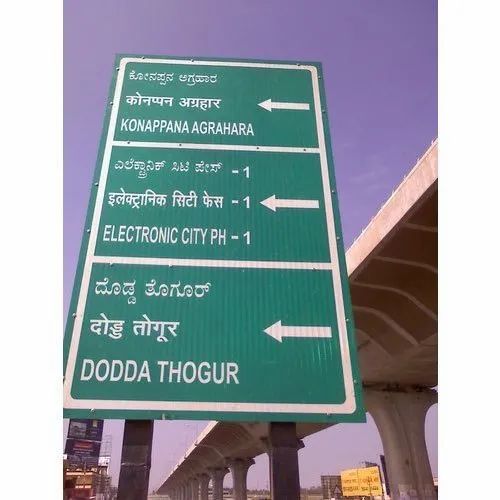
Language: kannada
Transcription: ದೊಡ್ಡ ತೊಗೂರ್